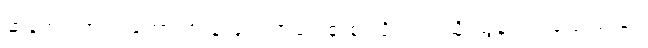
ဆန့်ကျင်ဘက် တောင်တန်းများ အရှေ့စူးစူးသို့ လက်ညှိုးညွန်ရင်း ပြောသည်။